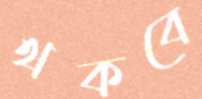
থকবে